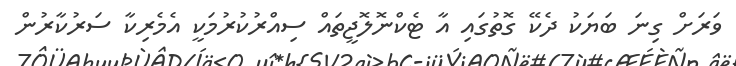
ވަރަށް ގިނަ ބަޔަކު ދެކޭ ގޮތުގައި އާ ޓެކްނޮލޮޖީތައް ސިއްރުކުރުމަކީ އެމެރިކާ ސަރުކާރުން